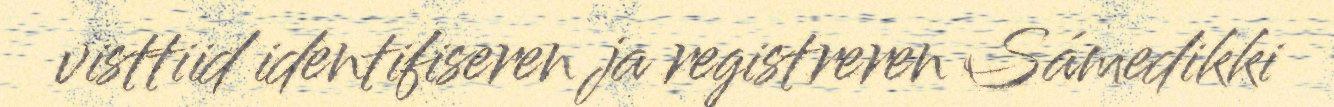
visttiid identifiseren ja registreren Sámedikki